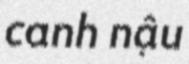
canh nậu